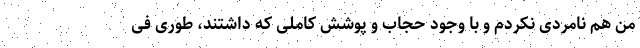
من هم نامردی نکردم و با وجود حجاب و پوشش کاملی که داشتند، طوری فی